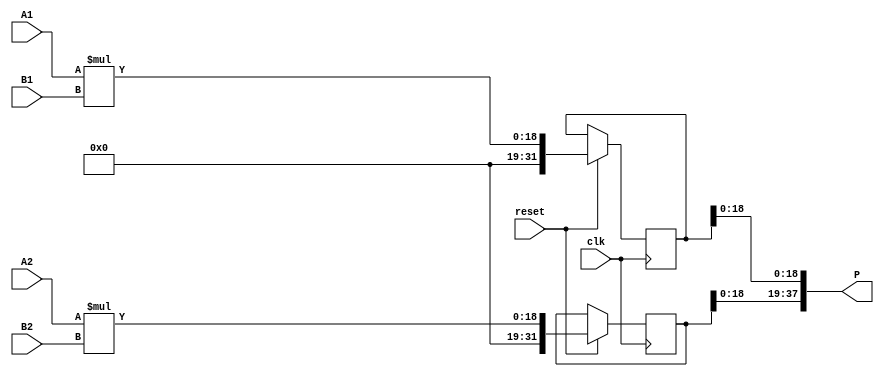
 
module dsp_mult_input_output_not_registered_inf_dsp19x2(clk, reset, A1, A2, B1, B2, P);
	input  clk, reset;
	input  [9:0] A1;
	input  [9:0] A2;
	input  [8:0] B1;
	input  [8:0] B2;
	output [37:0] P;
	reg  [31:0] mult1;
	reg  [31:0] mult2;

	always @ (posedge clk or negedge reset)  begin
	 	if(reset == 1) begin
		mult1  = A1 * B1;
        mult2  = A2 * B2;
		end
	end

    assign P = {mult2[18:0],mult1[18:0]};

endmodule